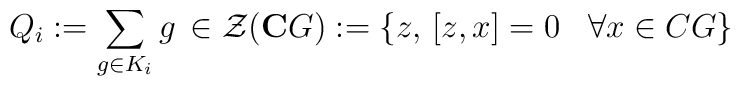
Q_{i}:=\sum_{g\in K_{i}}g\,\in \mathcal{Z}(\mathbf{C}G):=\left\{ z,\,\left[z,x\right] =0\,\,\,\,\,\forall x\in CG\right\} \,\,